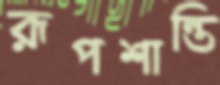
রূপশান্তি